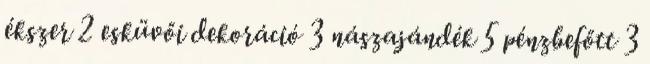
ékszer 2 esküvői dekoráció 3 nászajándék 5 pénzbefőtt 3